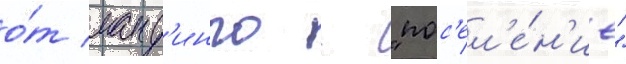
о́т манд'инго - "пос'ел'е́н'ие"